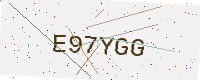
Text: E97YGG